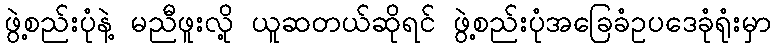
ဖွဲ့စည်းပုံနဲ့ မညီဖူးလို့ ယူဆတယ်ဆိုရင် ဖွဲ့စည်းပုံအခြေခံဥပဒေခုံရုံးမှာ